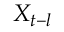
X _ { t - l }